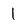
Character: 1